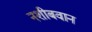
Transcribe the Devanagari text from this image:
नशीबवान